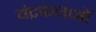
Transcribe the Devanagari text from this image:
चंद्रकलाओं